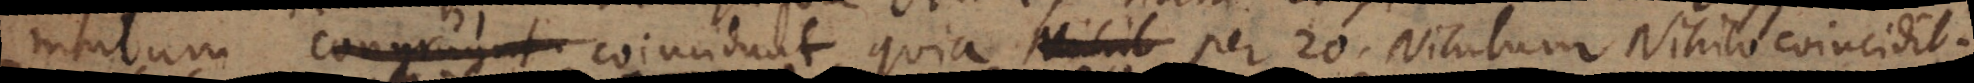
gruunt coincidunt, quia per 20, Nihilum Nihilo coincidit.